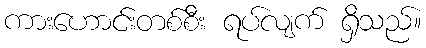
ကားဟောင်းတစ်စီး ရပ်လျက် ရှိသည်။